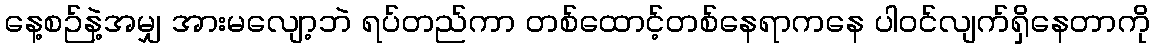
နေ့စဉ်နဲ့အမျှ အားမလျော့ဘဲ ရပ်တည်ကာ တစ်ထောင့်တစ်နေရာကနေ ပါဝင်လျက်ရှိနေတာကို